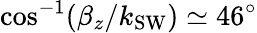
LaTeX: \cos^{-1}(\beta_{z}/k_{\mathrm{SW}})\simeq 46^{\circ}